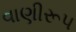
વાણીરૂપ